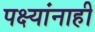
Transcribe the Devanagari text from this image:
पक्ष्यांनाही